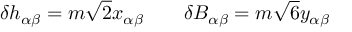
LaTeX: \delta h _ { \alpha \beta } = m \sqrt { 2 } x _ { \alpha \beta } \qquad \delta B _ { \alpha \beta } = m \sqrt { 6 } y _ { \alpha \beta }